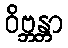
ဝိဗ္ဘန္တာ